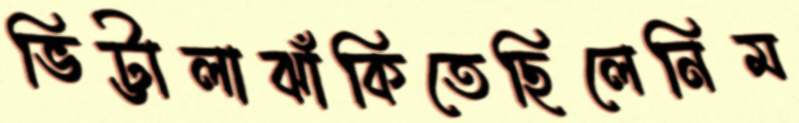
ভিট্টালাঝাঁকিতেছিলেনিম